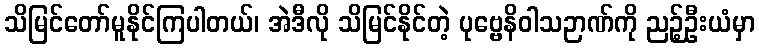
သိမြင်တော်မူနိုင်ကြပါတယ်၊ အဲဒီလို သိမြင်နိုင်တဲ့ ပုဗ္ဗေနိဝါသဉာဏ်ကို ညဉ့်ဦးယံမှာ